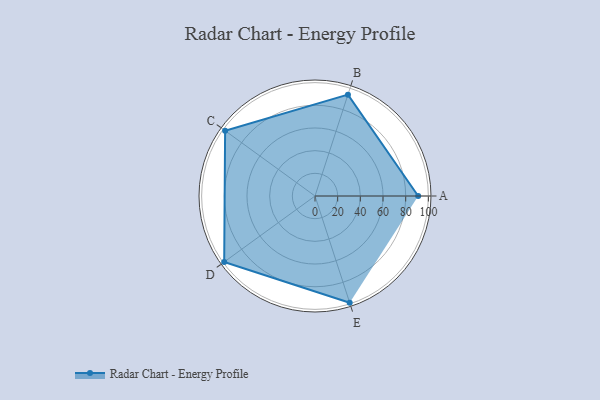
{"axis": {"x": "Skill", "y": "Score"}, "legend": ["Profile"], "data": [{"x": "A", "y": 91.0, "type": "Profile"}, {"x": "B", "y": 94.0, "type": "Profile"}, {"x": "C", "y": 98.0, "type": "Profile"}, {"x": "D", "y": 99, "type": "Profile"}, {"x": "E", "y": 99, "type": "Profile"}]}